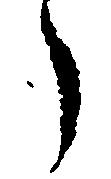
う